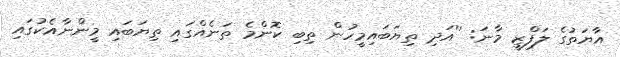
އާޔަތުގެ ލަފްޒީ މާނަ: ''އަދި ތިޔަބައިމީހުން ތިބި ކޮންމެ ތަނެއްގައި ތިޔަބައި މީންނާއެކުގައި